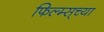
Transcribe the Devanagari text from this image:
फिल्म्स्‌च्या